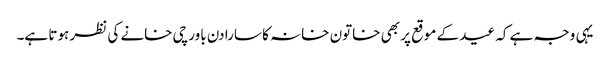
یہی وجہ ہے کہ عید کے موقع پر بھی خاتون خانہ کا سارا دن باورچی خانے کی نظر ہوتا ہے۔